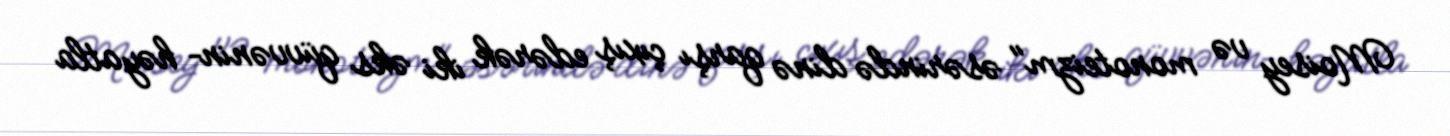
Moisey və monoteizm" əsərində dinə qarşı çıxış edərək iki əks qüvvənin– həyatla